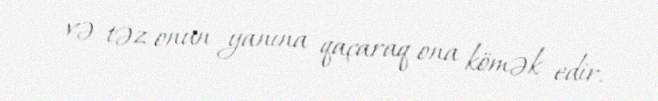
və təz onun yanına qaçaraq ona kömək edir.